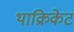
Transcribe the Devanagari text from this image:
थाक्रिकेट